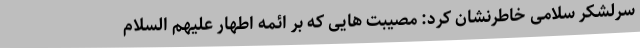
سرلشکر سلامی خاطرنشان کرد: مصیبت هایی که بر ائمه اطهار علیهم السلام